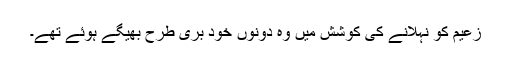
زعیم کو نہلانے کی کوشش میں وہ دونوں خود بری طرح بھیگے ہوئے تھے۔